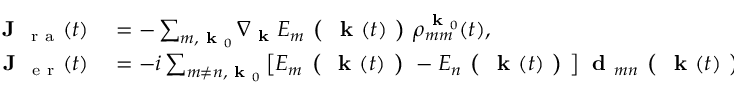
\begin{array} { r l } { \textbf { J } _ { \mathrm { ~ r ~ a ~ } } ( t ) } & { { } = - \sum _ { m , \textbf { k } _ { 0 } } \nabla _ { \textbf { k } } E _ { m } \textbf { ( } \textbf { k } ( t ) \textbf { ) } \rho _ { m m } ^ { \textbf { k } _ { 0 } } ( t ) , } \\ { \textbf { J } _ { \mathrm { ~ e ~ r ~ } } ( t ) } & { { } = - i \sum _ { m \neq n , \textbf { k } _ { 0 } } \left[ E _ { m } \textbf { ( } \textbf { k } ( t ) \textbf { ) } - E _ { n } \textbf { ( } \textbf { k } ( t ) \textbf { ) } \right] \textbf { d } _ { m n } \textbf { ( } \textbf { k } ( t ) \textbf { ) } \rho _ { n m } ^ { \textbf { k } _ { 0 } } ( t ) . } \end{array}